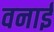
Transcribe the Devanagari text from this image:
वनाई